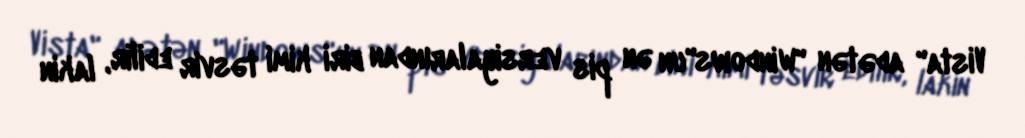
Vista" adətən "Windows"un ən pis versiyalarından biri kimi təsvir edilir, lakin